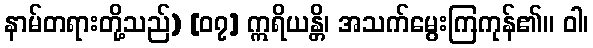
နာမ်တရားတို့သည်) [၀၇] ဣရိယန္တိ၊ အသက်မွေးကြကုန်၏။ ဝါ၊